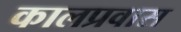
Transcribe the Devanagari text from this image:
कालप्रवास